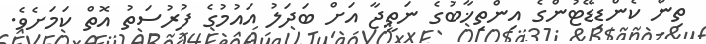
ތިން ކެންޑިޑޭޓުންގެ އިންތިޚާބުގެ ނަތީޖާ އަށް ބަދަލު އައުމުގެ ފުރުސަތު އޮތް ކަމަށެވެ.